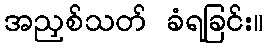
အညှစ်သတ် ခံရခြင်း။